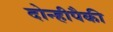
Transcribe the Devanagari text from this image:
दोन्हीपैकी